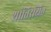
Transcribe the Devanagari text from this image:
शांतिरक्षित